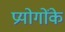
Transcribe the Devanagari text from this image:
प्रयोगोंके